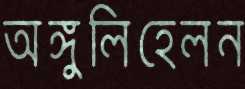
অঙ্গুলিহেলন